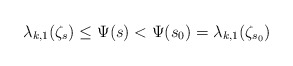
\begin{align*}\lambda_{k,1}(\zeta_s) \le \Psi(s) < \Psi(s_0) = \lambda_{k,1}(\zeta_{s_0})\end{align*}